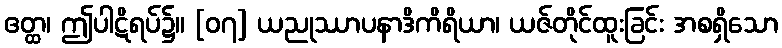
ဧတ္ထ၊ ဤပါဋိရပ်၌။ [၀၇] ယညုဿာပနာဒိကိရိယာ၊ ယဇ်တိုင်ထူးခြင်း အစရှိသော